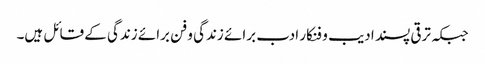
جبکہ ترقی پسند ادیب و فنکار ادب برائے زندگی و فن برائے زندگی کے قائل ہیں۔